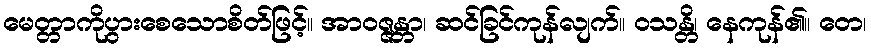
မေတ္တာကိုပွားစေသောစိတ်ဖြင့်။ အာဝဇ္ဇန္တာ၊ ဆင်ခြင်ကုန်လျက်။ ဝသန္တိ၊ နေကုန်၏။ တေ၊